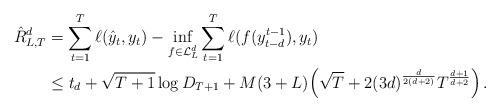
LaTeX: \begin{align*}\hat R_{L,T}^d & = \sum_{t=1}^T \ell(\hat y_t,y_t) - \inf_{f \in \mathcal{L}_L^d} \sum_{t=1}^T \ell(f(y_{t-d}^{t-1}),y_t) \\& \leq t_d + \sqrt{T+1} \log D_{T+1} + M(3+L) \Bigl(\sqrt{T} + 2(3d)^{\frac{d}{2(d+2)}}T^{\frac{d+1}{d+2}}\Bigr)\,.\end{align*}